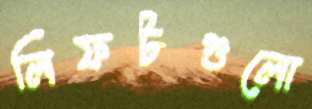
লিফটগুলো